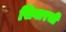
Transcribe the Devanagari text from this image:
सिगारची